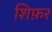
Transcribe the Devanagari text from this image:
शिफ़र